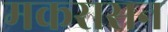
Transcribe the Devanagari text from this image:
मकरासन